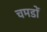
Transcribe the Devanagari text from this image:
चमडों